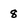
Character: 8